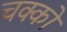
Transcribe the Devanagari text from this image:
चक्को